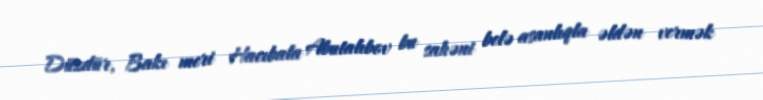
Düzdür, Bakı meri Hacıbala Abutalıbov bu sahəni belə asanlıqla əldən vermək